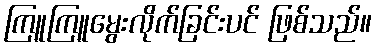
ကြူကြူမွေးလိုက်ခြင်းပင် ဖြစ်သည်။